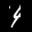
Label: 4